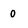
Character: 0